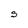
Character: S